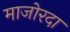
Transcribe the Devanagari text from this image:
माजोरदा